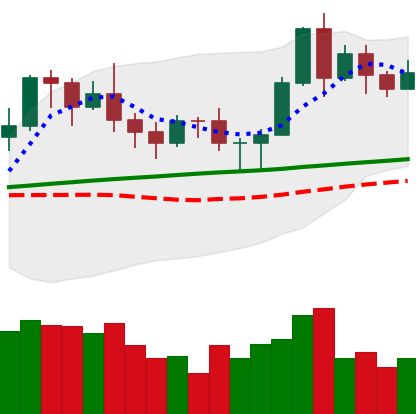
Ticker: LTC-USD
Chart end date: 2020-11-11
Forward return: 19.846%
Label: up_7plus